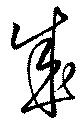
成